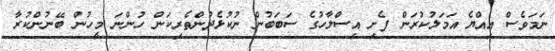
ނަމަވެސް އިއްޔެ އަމަލުކުރަން ފެށި އިސްލާހުގެ ސަބަބުން ނުކުޅެދުންތެރިކަން ހުންނަ މީހުން ބޭނުންކުރާ